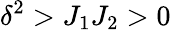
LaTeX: \delta^{2}>J_{1}J_{2}>0